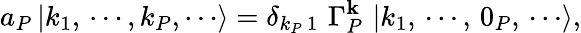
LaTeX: a_{P}\, |k_{1},\, \cdots,k_{P},\cdots\rangle=\delta_{k_{P}\, 1}\, \, \Gamma_{P}^{\mathbf{k}}\, \, |k_{1},\, \cdots,\, 0_{P},\, \cdots\rangle,